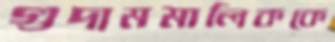
গুদামমালিককে